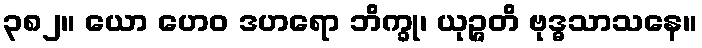
၃၈၂။ ယော ဟေဝ ဒဟရော ဘိက္ခု၊ ယုဉ္ဇတိ ဗုဒ္ဓသာသနေ။